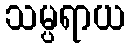
သမ္ပရာယ